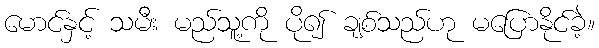
မောင်နှင့် သမီး မည်သူ့ကို ပို၍ ချစ်သည်ဟု မပြောနိုင်ခဲ့။